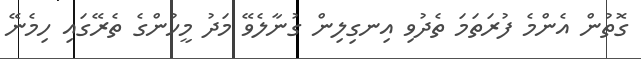
ގޮތުން އެންމެ ފުރަތަމަ ތެދުވި އިނގިލިން ގުނާލެވޭ މަދު މީހުންގެ ތެރޭގައި ހިމެނޭ